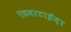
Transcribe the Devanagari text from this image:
एडवरटाईज़र